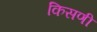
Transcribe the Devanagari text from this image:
किसणी